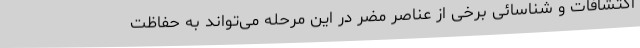
اکتشافات و شناسائی برخی از عناصر مضر در این مرحله می‌تواند به حفاظت